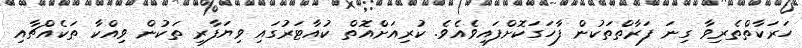
ހަރަކާތްތެރިވާ ގިނަ ފަރާތްތަކުން ފާހަގަކޮށްފައިވެއެވެ. ކުރިއަށްއޮތް ކުއާޓަރުގައި ވިޔަފާރި ތަކުން ވިއްކާ ތަކެއްޗާއި